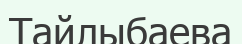
Тайлыбаева